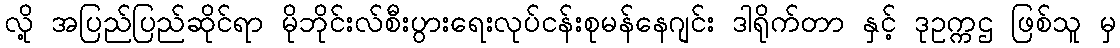
လို့ အပြည်ပြည်ဆိုင်ရာ မိုဘိုင်းလ်စီးပွားရေးလုပ်ငန်းစုမန်နေဂျင်း ဒါရိုက်တာ နှင့် ဒုဥက္ကဌ ဖြစ်သူ မှ